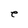
Character: e